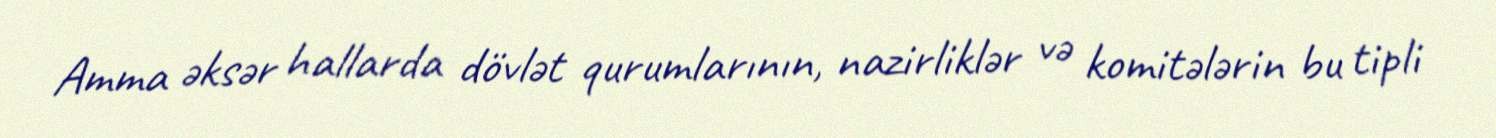
Amma əksər hallarda dövlət qurumlarının, nazirliklər və komitələrin bu tipli